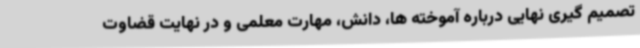
تصمیم گیری نهایی درباره آموخته ها، دانش، مهارت معلمی و در نهایت قضاوت